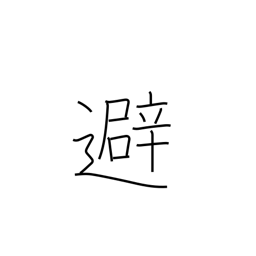
Meaning: avoid